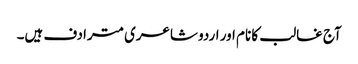
آج غالب کا نام اور اردو شاعری مترادف ہیں۔